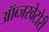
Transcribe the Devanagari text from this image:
ऑब्जरवेटोरी